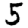
Digit: 5